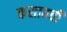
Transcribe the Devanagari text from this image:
कसाबची